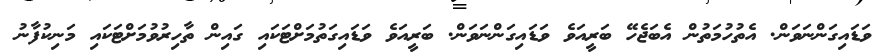
ވަޑައިގަންނަވަން. އެތުހުމަތުން އެބަޖެހޭ ބަރީއަވެ ވަޑައިގަންނަވަން. ބަރީއަވެ ވަޑައިގަތުމަށްޓަކައި ގައިން ތާހިރުވުމަށްޓަކައި މަނިކުފާނު